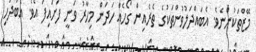
މޭޒްތަކުންނެވެ. އެބައްދަލުވުންތަކުގެ ތެރެއިން ގޯހެއް ހަދަން މިހާރު ވަނީ ފަށައިފަ އެވެ. އެބަދަހި